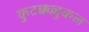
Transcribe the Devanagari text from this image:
कुटक्कल्लुकल